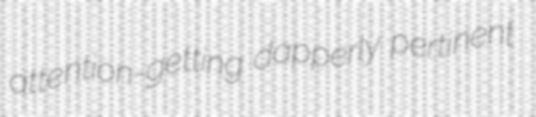
attention-getting dapperly pertinent